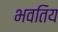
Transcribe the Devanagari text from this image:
भवतिय